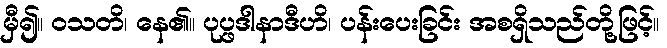
မှီ၍။ ဝသတိ၊ နေ၏။ ပုပ္ဖဒါနာဒီဟိ၊ ပန်းပေးခြင်း အစရှိသည်တို့ဖြင့်။